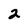
Character: 2